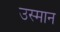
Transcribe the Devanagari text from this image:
उस्‍मान